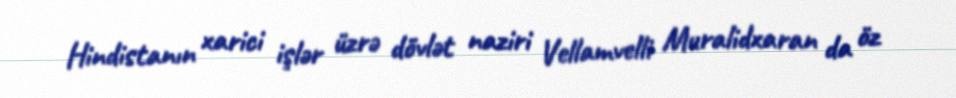
Hindistanın xarici işlər üzrə dövlət naziri Vellamvelli Muralidxaran da öz